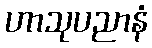
ဟာသုပညာနံ